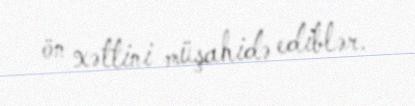
ön xəttini müşahidə ediblər.